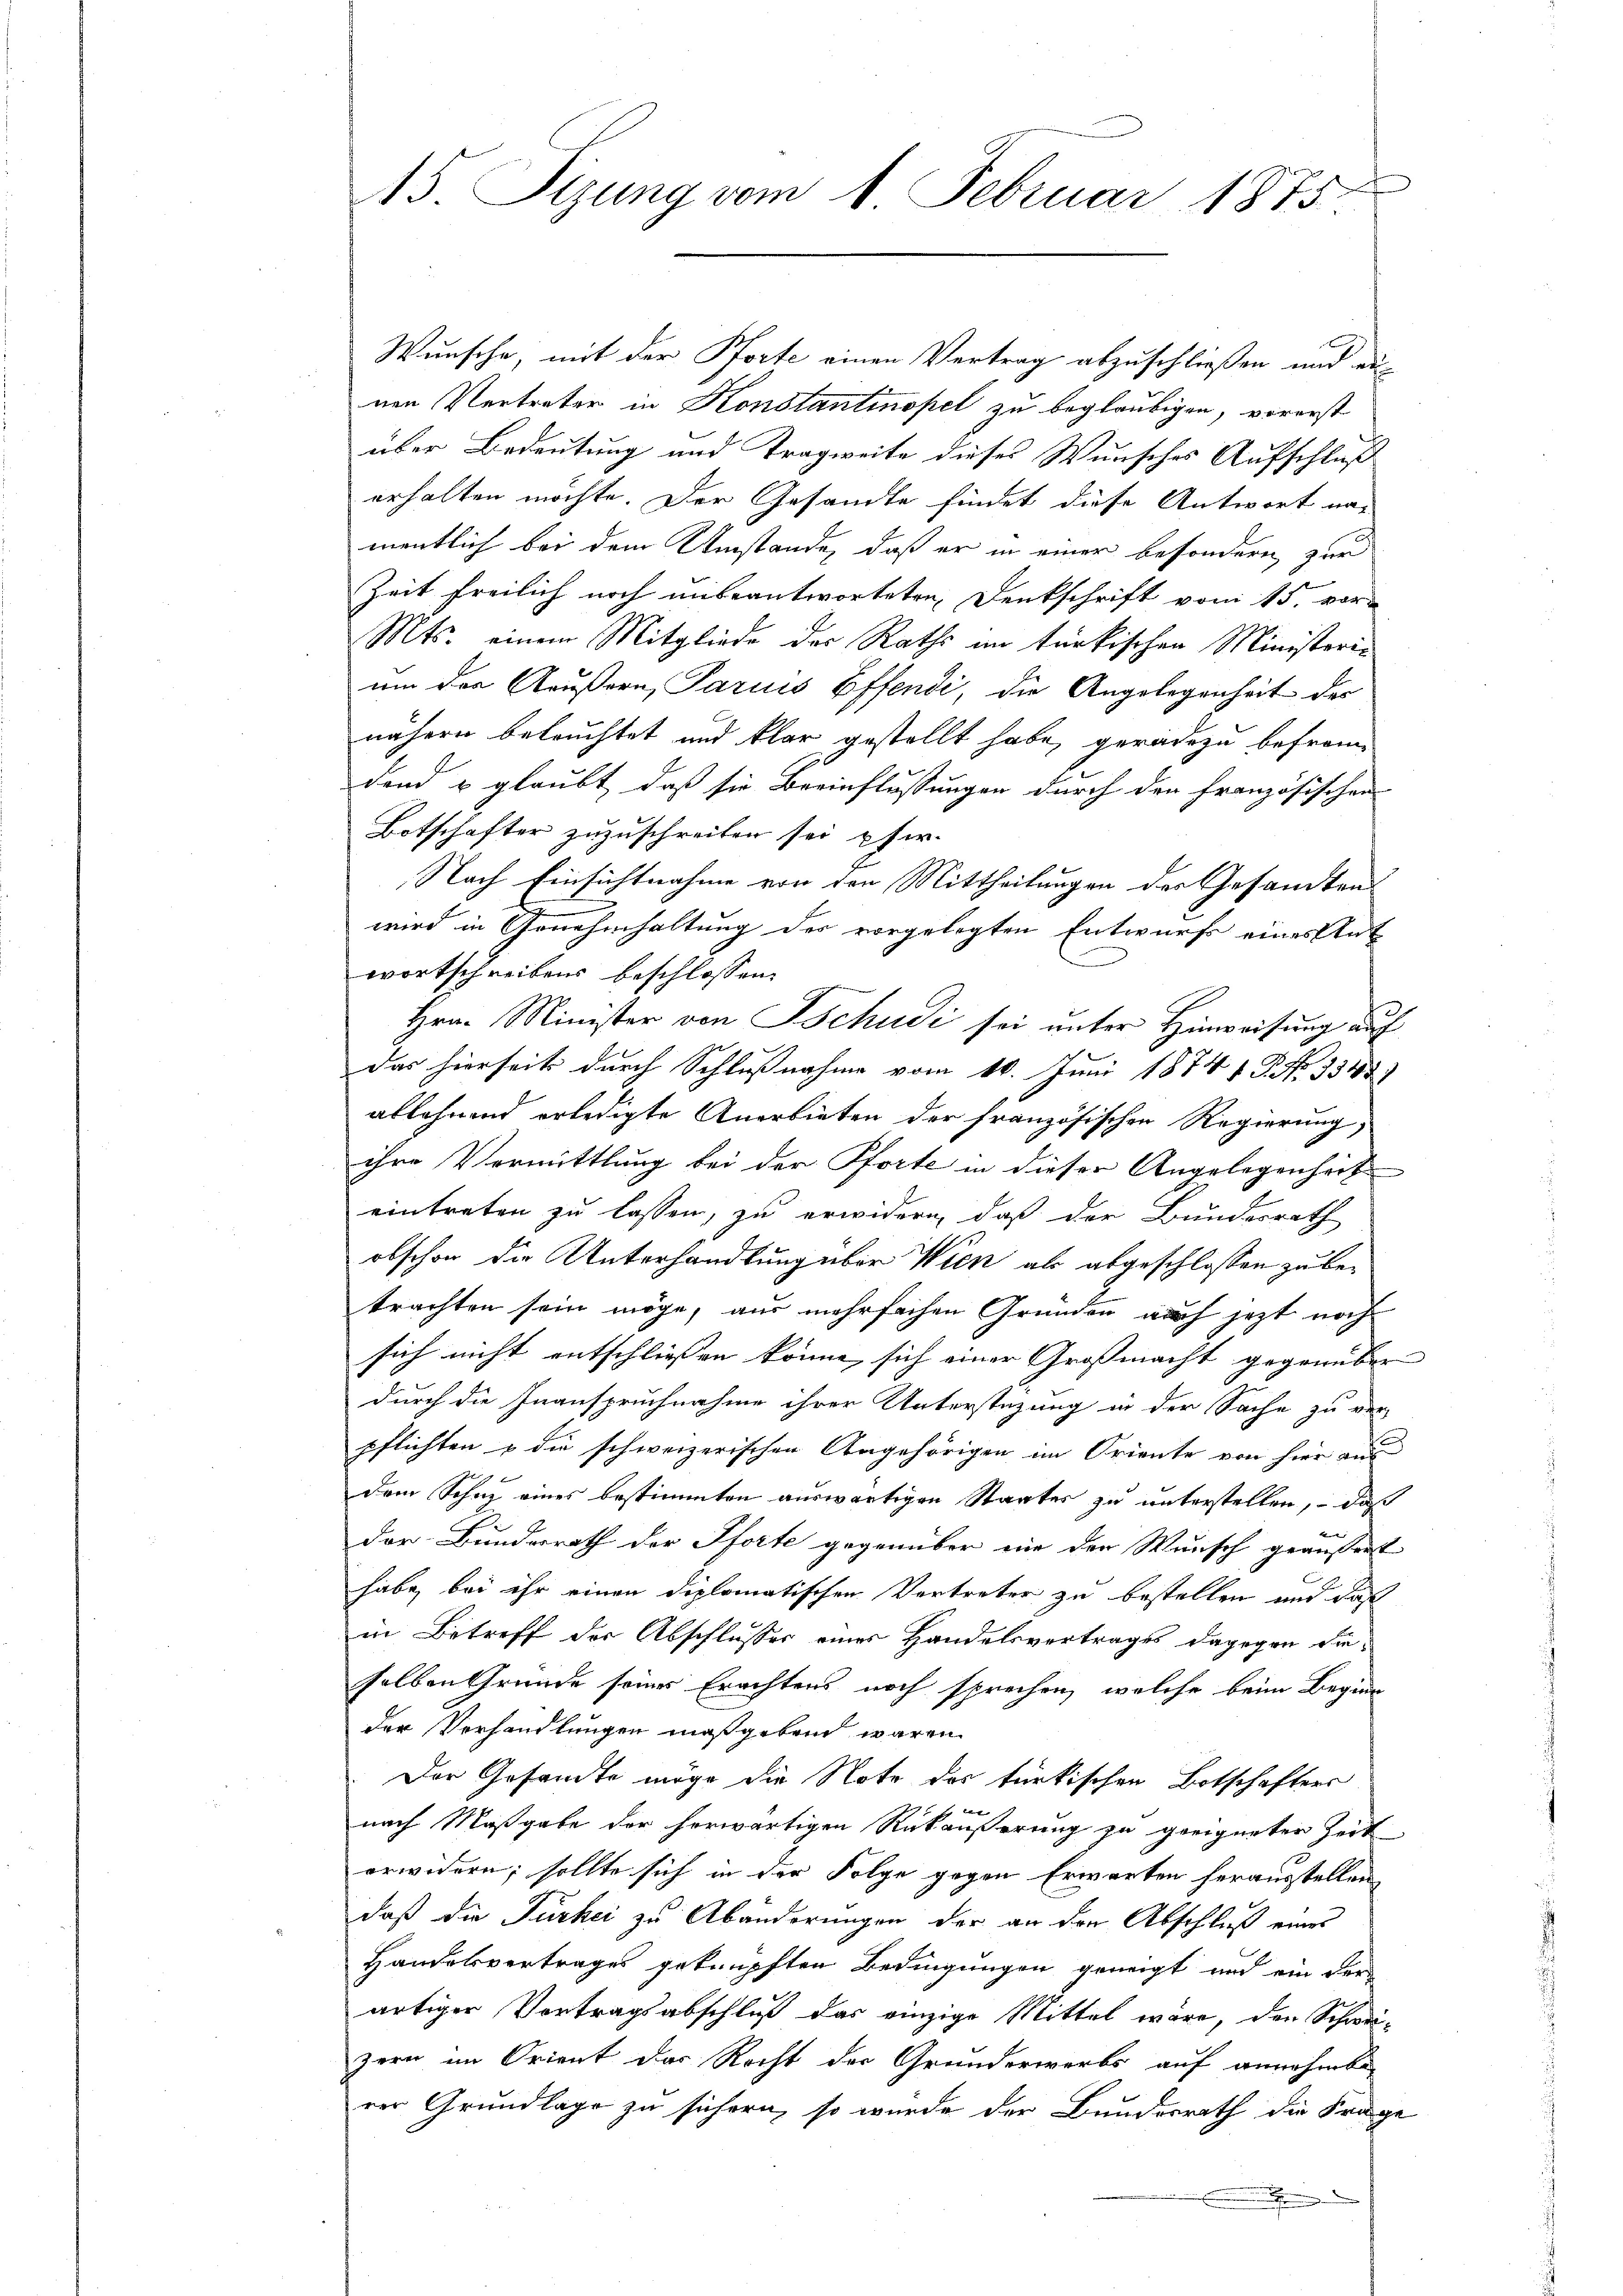
15. Sizung vom 1. Februar 1875.

Wunsche, mit der Pforte einen Vertrag abzuschließen und aunen Vertreter in Konstantinopel zu beglaubigen, vorerst
über Bedeutung und Tragweite dieses Wunsches Aufschluß
erhalten möchte. Der Gesandte findet diese Antwort na-
mentlich bei dem Umstände, daß er in einer besondern zur
Zeit freilich noch unbeantworteten Denkschrift vom 15. vor
Mts. einem Mitgliede der Raths im türkischen Ministerie
um der Aeußern Parius Effendi, die Angelegenheit des
nähern beleuchtet und klar gestellt habe, geradezu befremdend u glaubt, daß sie Beeinflussungen durch den Französischen
Botschafter zuzuschreiben sei pfir-
Nach Einsichtnahme von den Mittheilungen des Gesandtens
wird in Genehmhaltung der vorgelegten Entwurfs eines Ant
wortschreibens beschlossen,
Hrn. Minister von Tschudi sei unter Hinweisung auf
das hierseits durch Schlußnahme vom 10. Juni 1874. No 1345)
ablehnend erledigte Anerbieten der französischen Regierung,
ihre Vermittlung bei der Pforte in dieser Angelegenheit
eintreten zu lassen, zu erwidern, daß der Bundesrath
obschon die Unterhandlung über Wien als abgeschlossen zu betrachten sein möge, aus mehrfachen Gründen auch jezt noch
sich nicht entschliessen könne, sich einer Grossmacht gegenüber
durch die Inanspruchnahme ihrer Unterstüzung in der Sache zu ver-
pflichten & die schweizerischen Angehörigen im Oriente von hier aus
dem Schaz eines bestimmten auswärtigen Staates zu unterstellen, – daß
der Bundesrath der Pforte gegenüber nie den Wunsch geäussert
habe, bei ihr einen diplomatischen Vertreter zu bestellen und daß
in Betreff der Abschlusses eines Handelsvertrages dagegen die-
selben Grunde seines Erachtens noch sprechen, welche beim Beginn
der Verhandlungen maßgeben waren
Der Gesamte möge die Note des türkischen Botschafters

nach Maßgabe der horwärtigen Rükäußerung zu geeigneter Zeit
erwidern; sollte sich in der Folge gegen Erwarten herausstellen,
daß die Türkei zu Abänderungen der an den Abschluß einer
Handelsvertrages geknüpften Bedingungen geneigt und ein der
artiger Vortragsabschluß das einzige Mittel wäre, den Schwei-
zern im Orient das Recht der Grunderwerbs auf annehmbar
rer Grundlage zu sichern, so wurde der Bundesrath die Frage
.